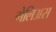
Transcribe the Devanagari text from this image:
गेलिअस